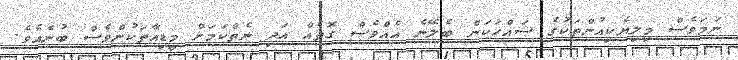
ނަމަވެސް މިލިޔެކިއުންތަކުގެ ސައްހަކަން ބެލޭނެ އެއްވެސް ގޮތެއް އަދި ނެތްކަމަށް މީޑިއާތަކުންވެސް ބުނެއެވެ.